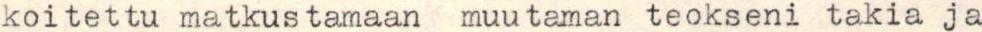
koitettu matkustamaan muutaman teokseni takia ja